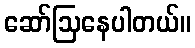
ဆော်ဩနေပါတယ်။